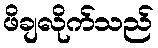
ဖိချလိုက်သည်